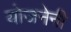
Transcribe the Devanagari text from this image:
योजनेनी